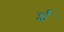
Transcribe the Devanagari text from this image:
र्इ